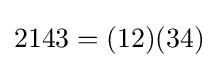
2143=(12)(34)